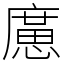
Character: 㢜